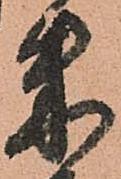
朱